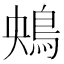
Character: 𩿶